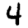
Digit: 4